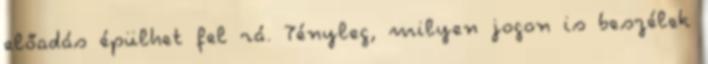
előadás épülhet fel rá. Tényleg, milyen jogon is beszélek